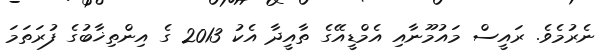
ނެރުމެވެ. ރައީސް މައުމޫނާއި އެމްޑީއޭގެ ތާއީދާ އެކު 2013 ގެ އިންތިޚާބުގެ ފުރަތަމަ